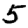
Digit: 5